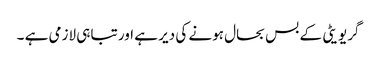
گریویٹی کے بس بحال ہونے کی دیر ہے اور تباہی لازمی ہے ۔